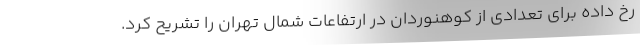
رخ داده برای تعدادی از کوهنوردان در ارتفاعات شمال تهران را تشریح کرد.